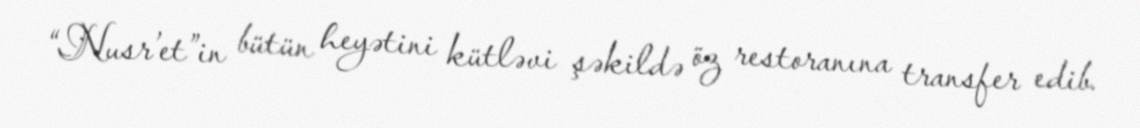
“Nusr’et”in bütün heyətini kütləvi şəkildə öz restoranına transfer edib.